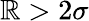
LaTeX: \mathbb{R}>2\sigma